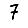
Digit: 7